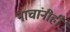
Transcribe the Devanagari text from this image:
नाचांनीही